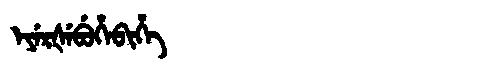
Manchu: ᡝᠶᡝᡵᡧᡝᠪᡠᡥᡝᠪᡳᡥᡝ
Romanization: EYERŠEBUHEBIHE